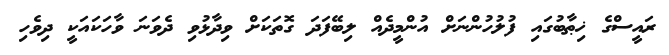
ރައީސްގެ ޚިޠާބުގައި ފުލުހުންނަށް އުންމީދެއް ލިބޭފަދަ ގޮތަކަށް ވިދާޅުވި ދެވަނަ ވާހަކައަކީ ދިވެހި